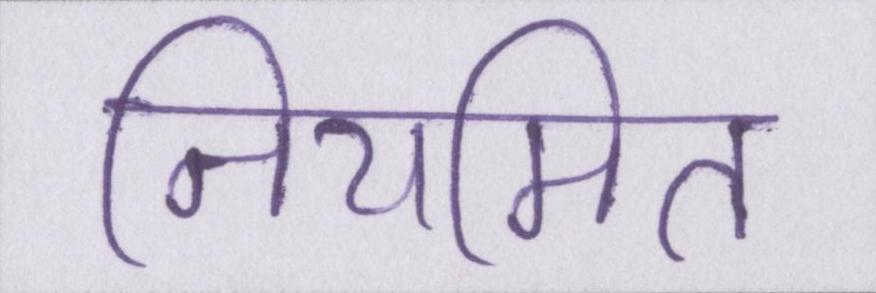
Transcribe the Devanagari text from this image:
नियमित